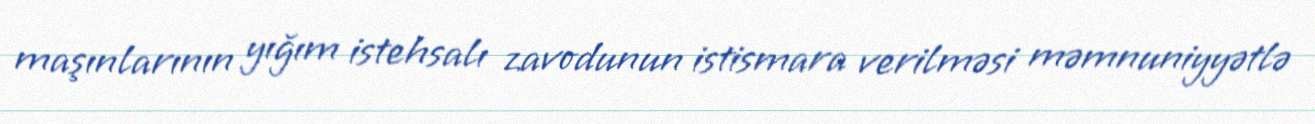
maşınlarının yığım istehsalı zavodunun istismara verilməsi məmnuniyyətlə